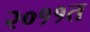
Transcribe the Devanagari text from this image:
२०११त